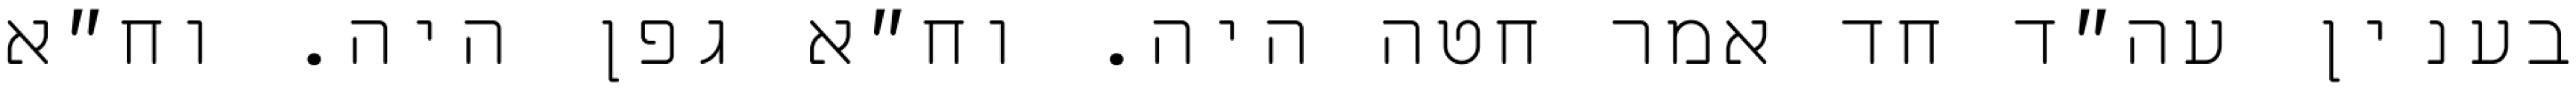
בענין עה״ד חד אמר חטה היה. וח״א גפן היה. וח״א